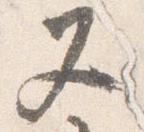
又